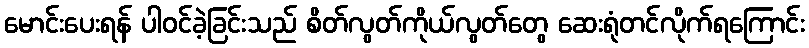
မောင်းပေးရန် ပါဝင်ခဲ့ခြင်းသည် စိတ်လွတ်ကိုယ်လွတ်တွေ ဆေးရုံတင်လိုက်ရကြောင်း